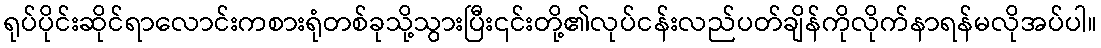
ရုပ်ပိုင်းဆိုင်ရာလောင်းကစားရုံတစ်ခုသို့သွားပြီး၎င်းတို့၏လုပ်ငန်းလည်ပတ်ချိန်ကိုလိုက်နာရန်မလိုအပ်ပါ။